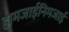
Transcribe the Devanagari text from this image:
हामजाईनिमजाई